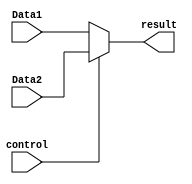
`timescale 1ns / 1ps
//////////////////////////////////////////////////////////////////////////////////
// Company: 
// Engineer: 
// 
// Design Name: 
// Module Name: selector32
// Project Name: 
// Target Devices: 
// Tool Versions: 
// Description: 
// 
// Dependencies: 
// 
// Revision:
// Revision 0.01 - File Created
// Additional Comments:
// 
//////////////////////////////////////////////////////////////////////////////////
//32
module selector32(
	 control,
	  Data1,
	  Data2,
	  result
);
	input control;  
	input wire[31:0] Data1;
	input wire[31:0] Data2;
	output wire[31:0] result;
	assign result = (control == 0) ? Data1: Data2;
endmodule